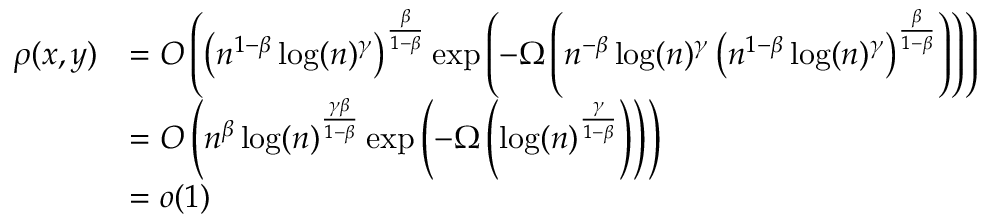
\begin{array} { r l } { \rho ( x , y ) } & { = O \left( \left( n ^ { 1 - \beta } \log ( n ) ^ { \gamma } \right) ^ { \frac { \beta } { 1 - \beta } } \exp \left( - \Omega \left( n ^ { - \beta } \log ( n ) ^ { \gamma } \left( n ^ { 1 - \beta } \log ( n ) ^ { \gamma } \right) ^ { \frac { \beta } { 1 - \beta } } \right) \right) \right) } \\ & { = O \left( n ^ { \beta } \log ( n ) ^ { \frac { \gamma \beta } { 1 - \beta } } \exp \left( - \Omega \left( \log ( n ) ^ { \frac { \gamma } { 1 - \beta } } \right) \right) \right) } \\ & { = o ( 1 ) } \end{array}